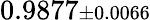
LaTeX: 0.9877{\scriptstyle\pm 0.0066}